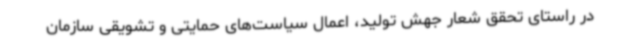
در راستای تحقق شعار جهش تولید، اعمال سیاست‌های حمایتی و تشویقی سازمان